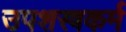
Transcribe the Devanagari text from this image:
उपशस्त्रकर्म